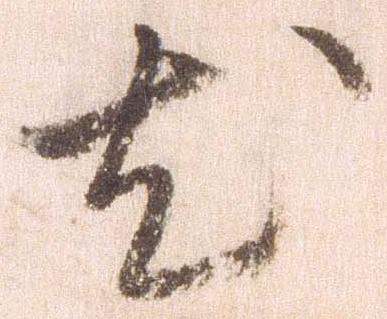
尤